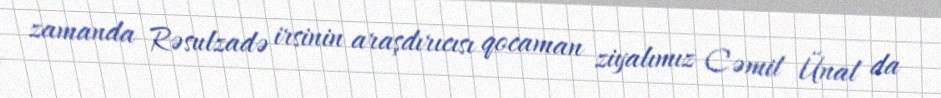
zamanda Rəsulzadə irsinin araşdırıcısı qocaman ziyalımız Cəmil Ünal da